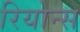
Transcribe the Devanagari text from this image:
रियोन्स